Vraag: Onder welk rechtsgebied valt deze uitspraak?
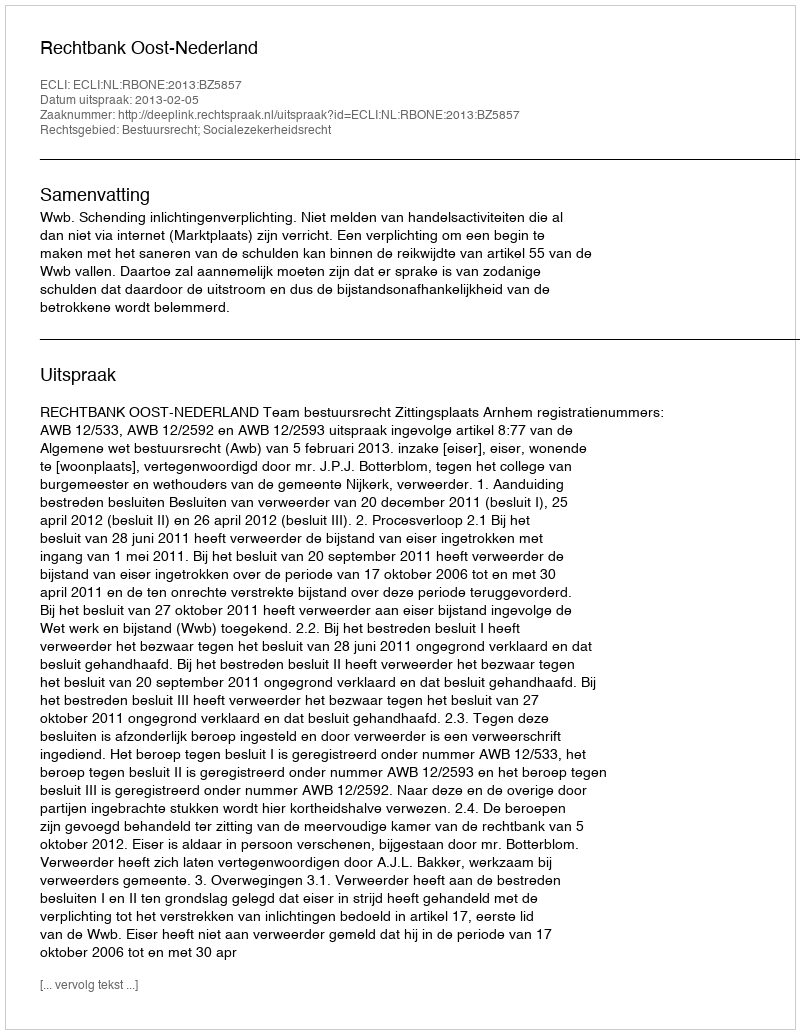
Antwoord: Bestuursrecht; Socialezekerheidsrecht